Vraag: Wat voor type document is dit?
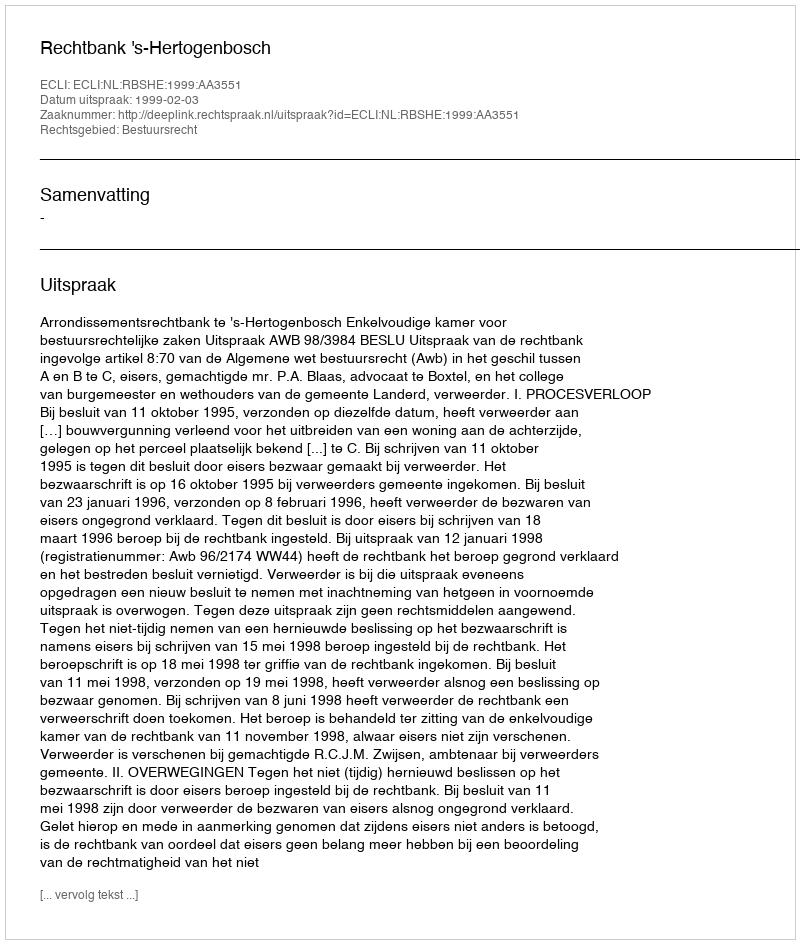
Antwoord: Uitspraak